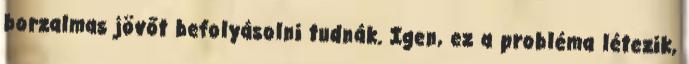
borzalmas jövőt befolyásolni tudnák. Igen, ez a probléma létezik,